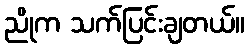
ညိုက သက်ပြင်းချတယ်။